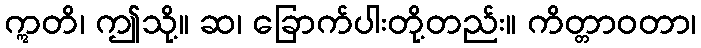
ဣတိ၊ ဤသို့။ ဆ၊ ခြောက်ပါးတို့တည်း။ ကိတ္တာဝတာ၊